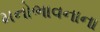
મનોભાવનાના